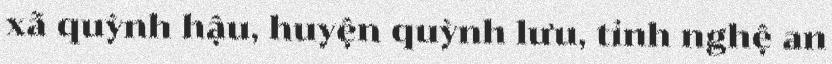
xã quỳnh hậu, huyện quỳnh lưu, tỉnh nghệ an